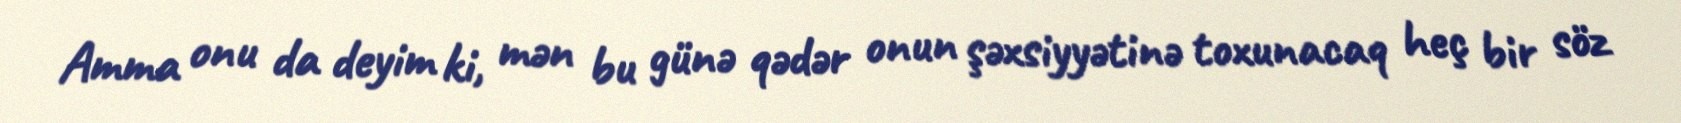
Amma onu da deyim ki, mən bu günə qədər onun şəxsiyyətinə toxunacaq heç bir söz